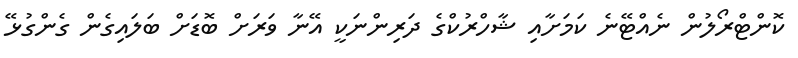
ކޮންޓްރޯލުން ނެއްޓޭނެ ކަމަށާއި ޝާހްރުކްގެ ދަރިންނަކީ އޭނާ ވަރަށް ބޮޑަށް ބަލައިގެން ގެންގުޅޭ